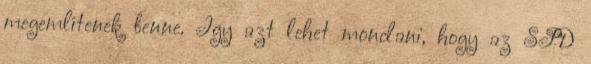
megemlítenek benne. Így azt lehet mondani, hogy az SPD